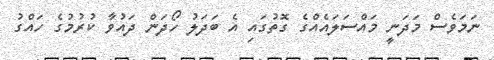
ނަމަވެސް މަދަނީ މައްސަލައެއްގެ ގޮތުގައި އެ ބަދަލު ހޯދަން ދައުވާ ކުރުމުގެ ހައްގު